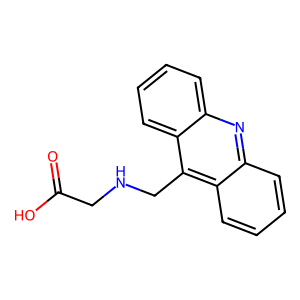
SMILES: O=C(O)CNCc1c2ccccc2nc2ccccc12
Inhibits HIV replication: No